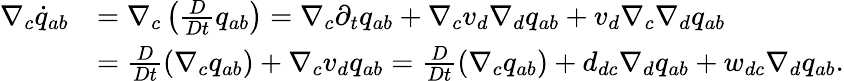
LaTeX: \begin{array}{rl}{\nabla_{c}\dot{q}_{ab}}&{=\nabla_{c}\left(\frac{D}{Dt}{q}_{ab}\right)=\nabla_{c}\partial_{t}q_{ab}+\nabla_{c}v_{d}\nabla_{d}q_{ab}+v_{d}\nabla_{c}\nabla_{d}q_{ab}}\\ &{=\frac{D}{Dt}\left(\nabla_{c}q_{ab}\right)+\nabla_{c}v_{d}q_{ab}=\frac{D}{Dt}\left(\nabla_{c}q_{ab}\right)+d_{dc}\nabla_{d}q_{ab}+w_{dc}\nabla_{d}q_{ab}.}\end{array}